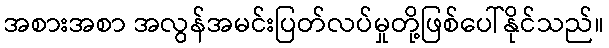
အစားအစာ အလွန်အမင်းပြတ်လပ်မှုတို့ဖြစ်ပေါ်နိုင်သည်။